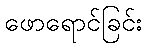
ဖောရောင်ခြင်း